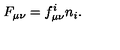
F _ { \mu \nu } = f _ { \mu \nu } ^ { i } n _ { i } .